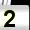
Digit: 2